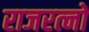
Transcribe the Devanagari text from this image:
राजरत्नों